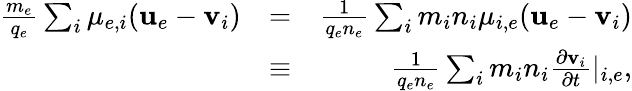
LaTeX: \begin{array}{rlr}{\frac{m_{e}}{q_{e}}\sum_{i}\mu_{e,i}(\textbf{u}_{e}-\textbf{v}_{i})}&{=}&{\frac{1}{q_{e}n_{e}}\sum_{i}m_{i}n_{i}\mu_{i,e}(\textbf{u}_{e}-\textbf{v}_{i})}\\ &{\equiv}&{\frac{1}{q_{e}n_{e}}\sum_{i}m_{i}n_{i}\frac{\partial\textbf{v}_{i}}{\partial t}|_{i,e},}\end{array}